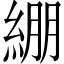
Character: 綳